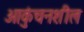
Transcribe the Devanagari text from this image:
आकुंचनशील